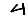
Digit: 4